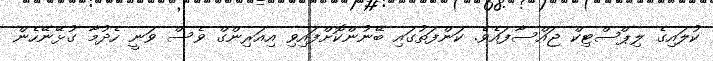
ކުލައިގެ ލިޕްސްޓިކް ޖައްސާފައެވެ. ކަންފަތުގައި ބޭނުންކޮށްފައިވި އިއަރިންގް ވެސް ވަނީ ހެދުމާ ގުޅޭނޭހެން